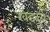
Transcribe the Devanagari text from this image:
खेडदुर्ग